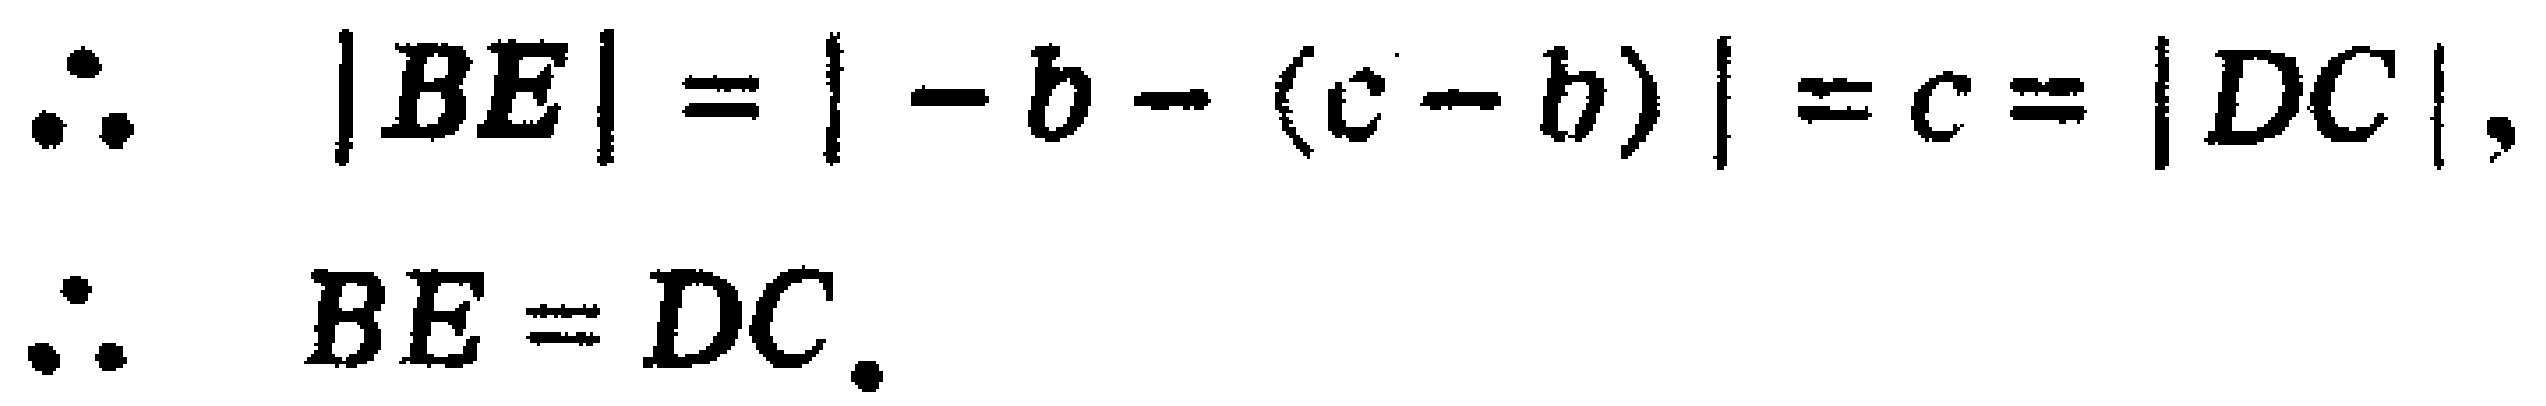
\[\begin{align*}
\therefore\quad |BE|&=| -b - (c - b)| = c=|DC|,\\
\therefore\quad BE&= DC.
\end{align*}\]